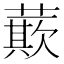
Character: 𮑡